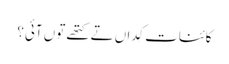
کائنات کِداں تے کتھے تو‏ں آئی؟